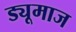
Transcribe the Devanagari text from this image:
ड्यूमाज